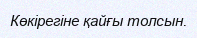
Көкірегіне қайғы толсын.